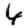
Digit: 6